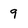
Character: 9